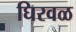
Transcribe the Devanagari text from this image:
घिरवळ